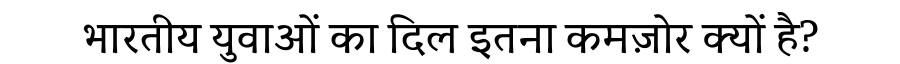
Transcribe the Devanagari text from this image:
भारतीय युवाओं का दिल इतना कमज़ोर क्यों है?